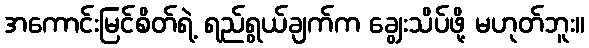
အကောင်းမြင်စိတ်ရဲ့ ရည်ရွယ်ချက်က ချွေးသိပ်ဖို့ မဟုတ်ဘူး။